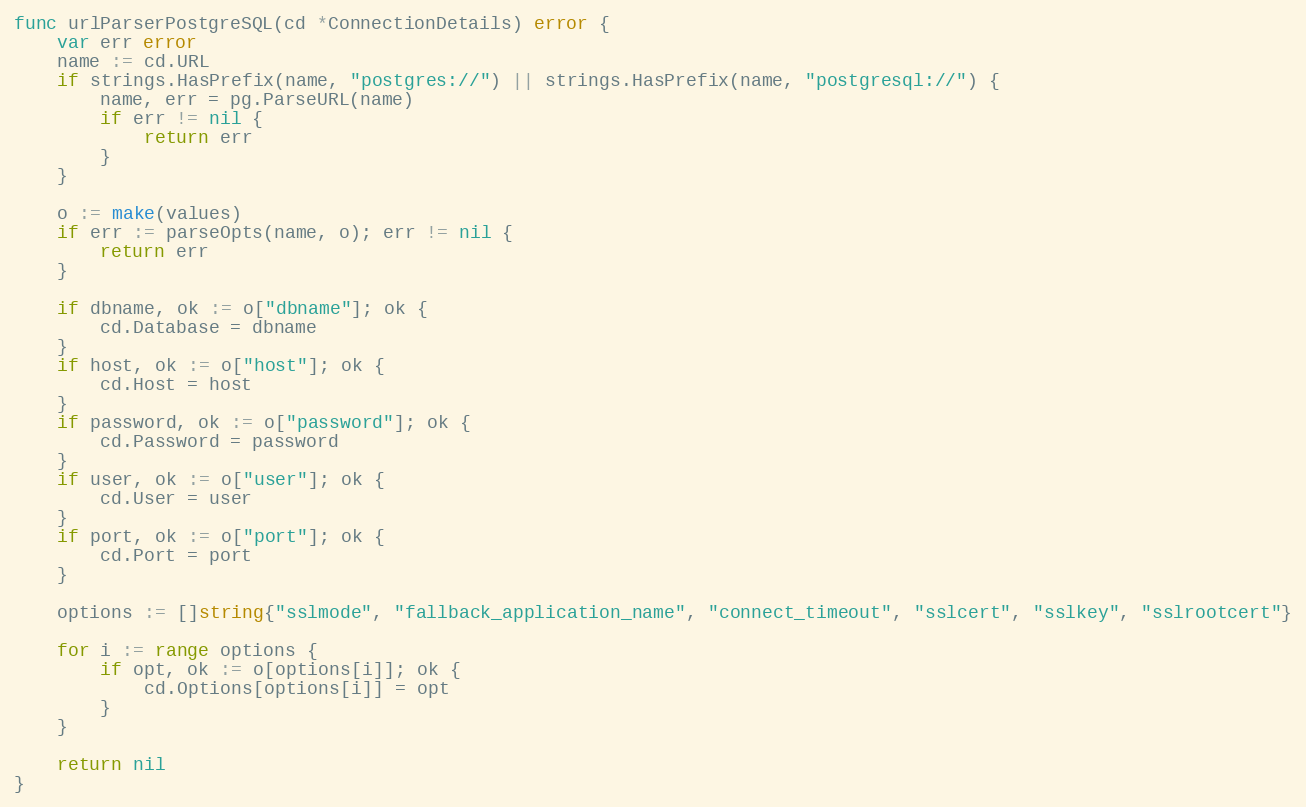
Language: Go
func urlParserPostgreSQL(cd *ConnectionDetails) error {
	var err error
	name := cd.URL
	if strings.HasPrefix(name, "postgres://") || strings.HasPrefix(name, "postgresql://") {
		name, err = pg.ParseURL(name)
		if err != nil {
			return err
		}
	}

	o := make(values)
	if err := parseOpts(name, o); err != nil {
		return err
	}

	if dbname, ok := o["dbname"]; ok {
		cd.Database = dbname
	}
	if host, ok := o["host"]; ok {
		cd.Host = host
	}
	if password, ok := o["password"]; ok {
		cd.Password = password
	}
	if user, ok := o["user"]; ok {
		cd.User = user
	}
	if port, ok := o["port"]; ok {
		cd.Port = port
	}

	options := []string{"sslmode", "fallback_application_name", "connect_timeout", "sslcert", "sslkey", "sslrootcert"}

	for i := range options {
		if opt, ok := o[options[i]]; ok {
			cd.Options[options[i]] = opt
		}
	}

	return nil
}